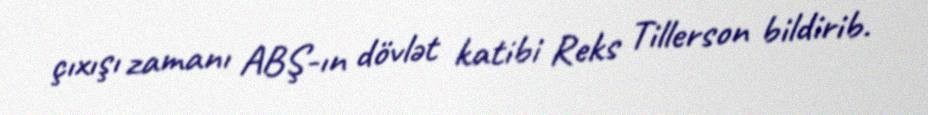
çıxışı zamanı ABŞ-ın dövlət katibi Reks Tillerson bildirib.